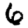
Digit: 6